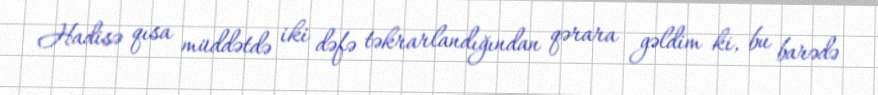
Hadisə qısa müddətdə iki dəfə təkrarlandığından qərara gəldim ki, bu barədə